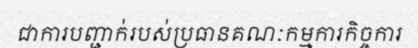
ជាការបញ្ជាក់របស់ប្រធានគណៈកម្មការកិច្ចការ